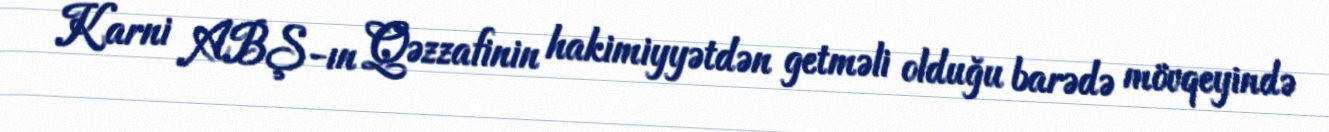
Karni ABŞ-ın Qəzzafinin hakimiyyətdən getməli olduğu barədə mövqeyində